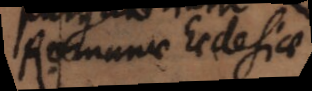
Romanae Ecclesiae